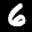
Label: 6